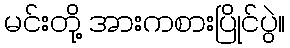
မင်းတို့ အားကစားပြိုင်ပွဲ။